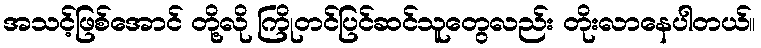
အသင့်ဖြစ်အောင် တို့လို ကြိုတင်ပြင်ဆင်သူတွေလည်း တိုးလာနေပါတယ်။